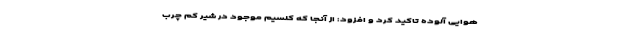
هوایی آلوده تاکید کرد و افزود: از آنجا که کلسیم موجود در شیر کم ‌چرب